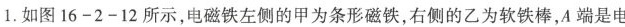
1.如图16-2-12所示，电磁铁左侧的甲为条形磁铁，右侧的乙为软铁棒，A端是电